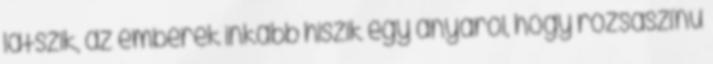
látszik, az emberek inkább hiszik egy anyáról, hogy rózsaszínű